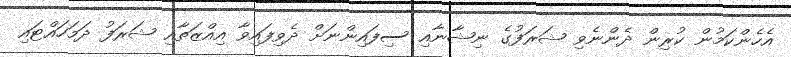
އެހެންކަމުން ކުރިން ދެންނެވި ޝަރަފުގެ ނިޝާނާއި ސިފައިންނަށް ދެވިފައިވާ އިއްޒަތާއި ޝަރަފު ދަމަހައްޓައި